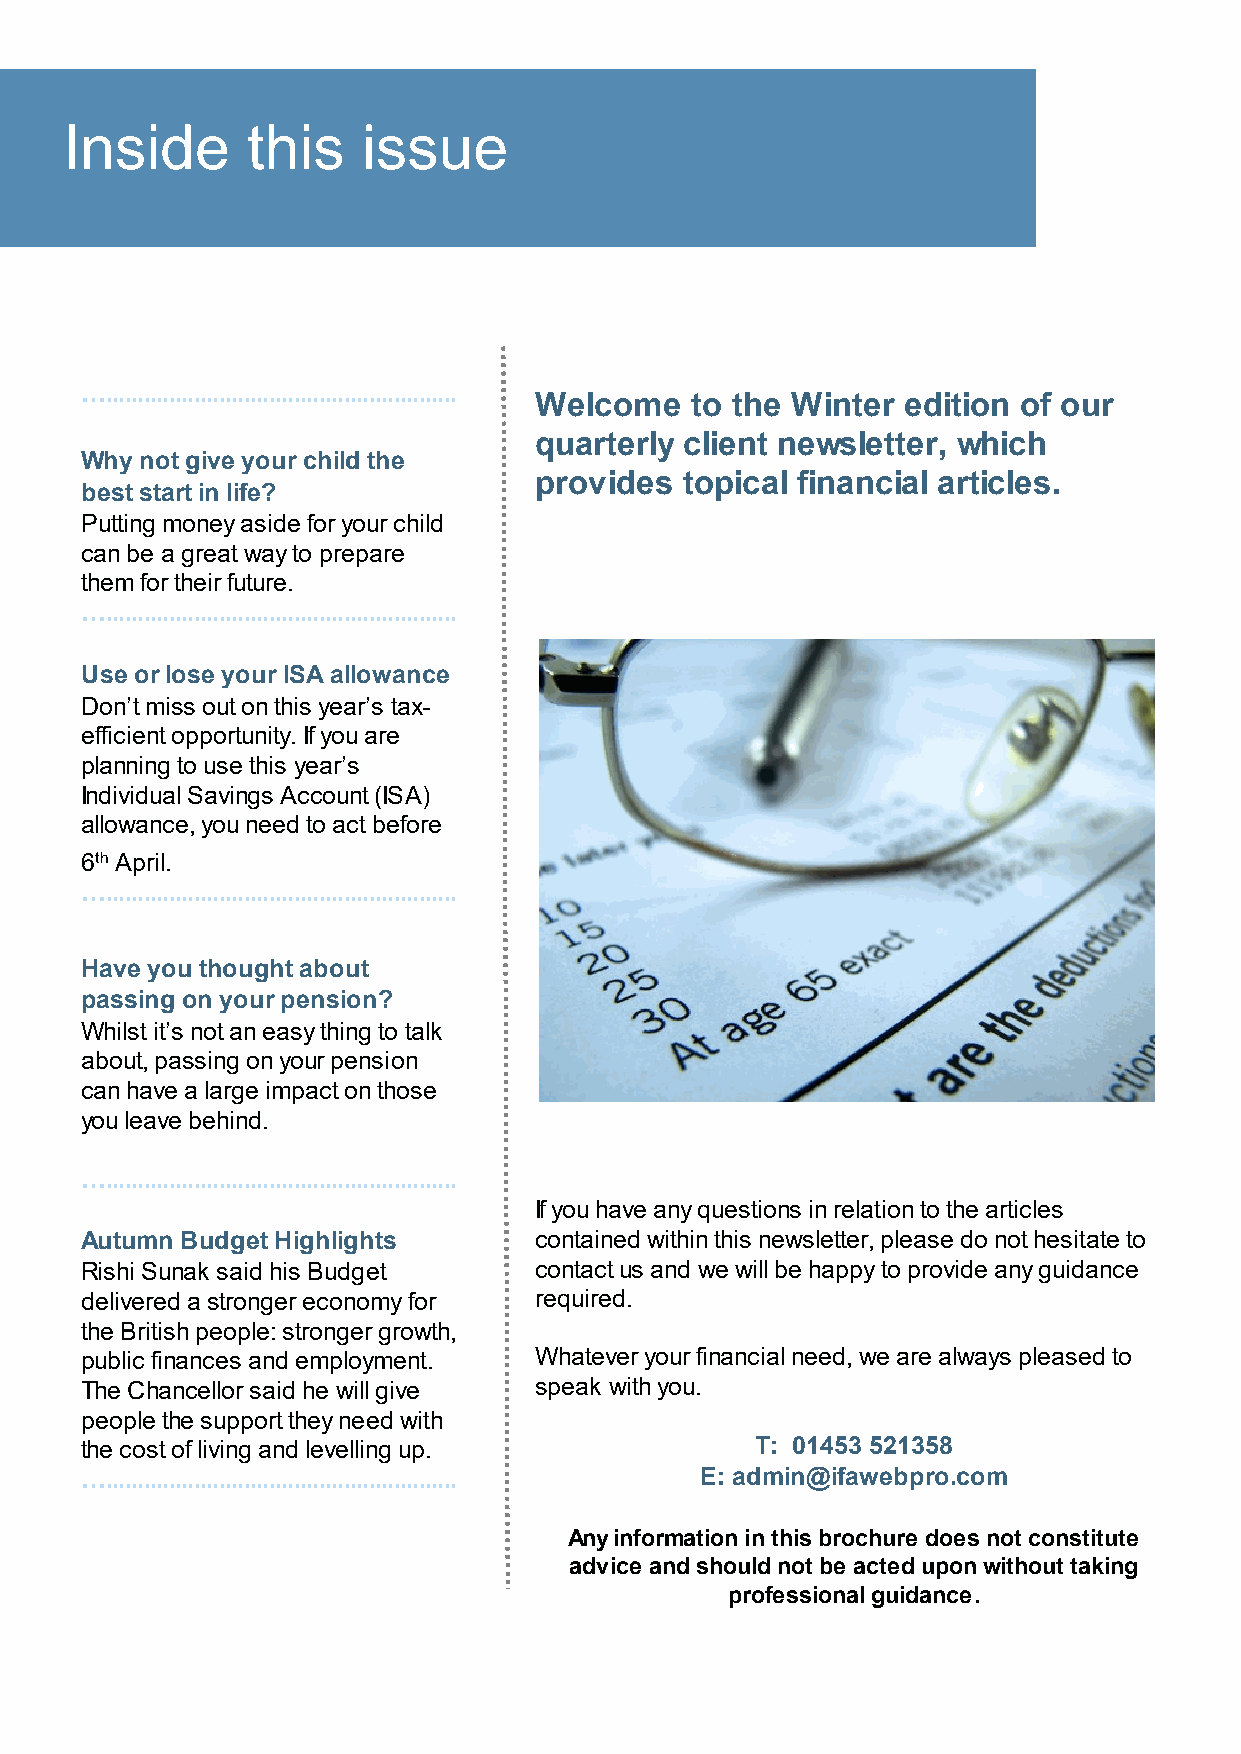
Inside      this    issue
 Inside this issue
 …........................................................
 Welcome    to the Winter edition of our
 quarterly client newsletter, which
 Why not give your child the
 provides  topical financial articles.
 best start in life?
 Putting money aside for your child
 can be a great way to prepare
 them for their future.
 …........................................................
 Use or lose your ISA allowance
 Don’t miss out on this year’s tax-
 efficient opportunity. If you are
 planning to use this year’s
 Individual Savings Account (ISA)
 allowance, you need to act before
 6th April.
 …........................................................
 Have you thought about
 passing on your pension?
 Whilst it’s not an easy thing to talk
 about, passing on your pension
 can have a large impact on those
 you leave behind.
 …........................................................
 If you have any questions in relation to the articles
 Autumn Budget Highlights      contained within this newsletter, please do not hesitate to
 Rishi Sunak said his Budget   contact us and we will be happy to provide any guidance
 delivered a stronger economy for required.
 the British people: stronger growth,
 public finances and employment. Whatever your financial need, we are always pleased to
 The Chancellor said he will give speak with you.
 people the support they need with
 the cost of living and levelling up.         T: 01453 521358
 …........................................................ E: admin@ifawebpro.com
 Any information in this brochure does not constitute
 advice and should not be acted upon without taking
 professional guidance.